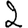
Digit: 2